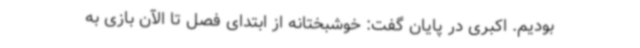
بودیم. اکبری در پایان گفت: خوشبختانه از ابتدای فصل تا الآن بازی به